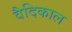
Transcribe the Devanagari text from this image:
वैदिकाल